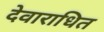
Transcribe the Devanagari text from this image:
देवाराधित